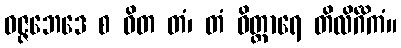
ဝဇ္ဇဘေဒေ စ ဝိတ တံ၊ တံ ဝိတ္ထာရေ တိလိင်္ဂိကံ။